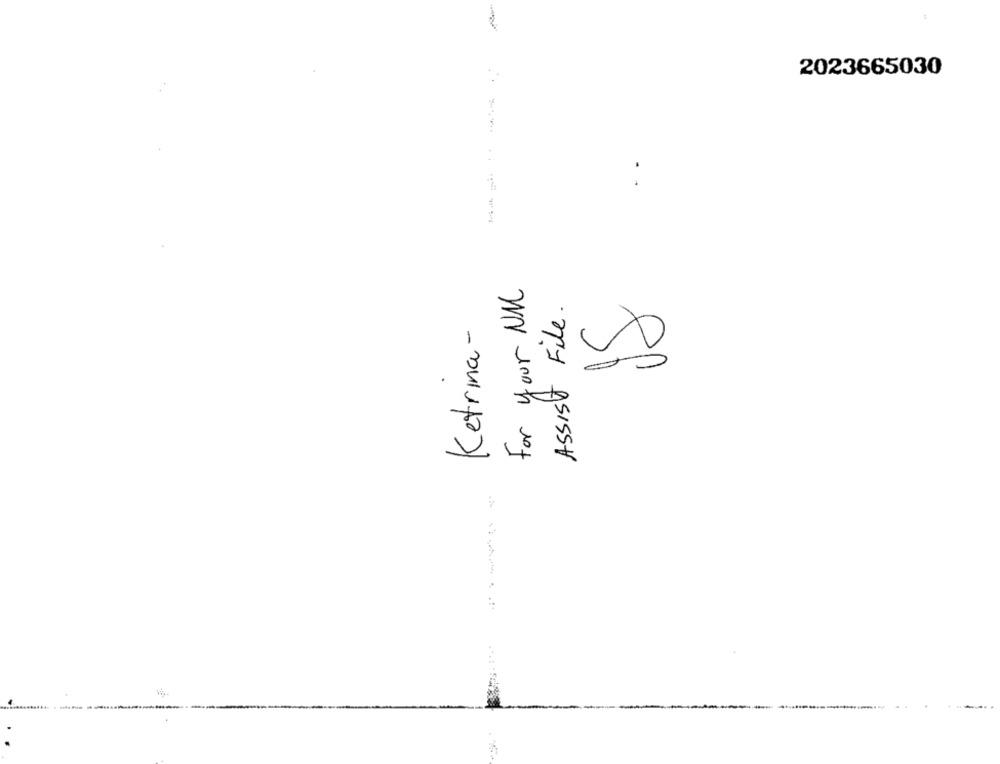
2023665030
------
for your NMC
Assist File.
Ketrina-